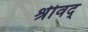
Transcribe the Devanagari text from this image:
श्रीवद्‌